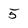
Character: 5